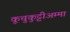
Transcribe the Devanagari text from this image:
कूचुकुट्टीअम्मा